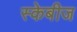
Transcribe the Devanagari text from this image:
स्केबीज